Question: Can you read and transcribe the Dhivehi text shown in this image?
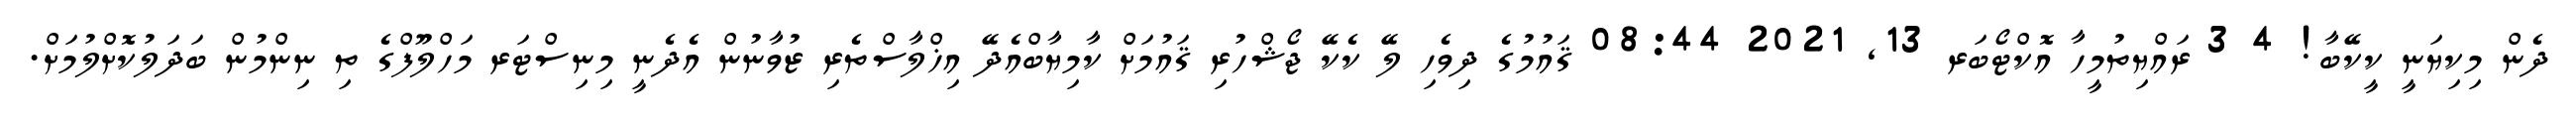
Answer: ދެން މިކިޔަނީ ކީކޭބާ! 4 3 ރައްޔިތުމީހާ އޮކްޓޯބަރ 13, 2021 08:44 ޤައުމުގެ ދިވެހި ލޭ ކެކޭ ޖޯޝްހުރި ޤައުމަށް ކާމިޔާބްއެދޭ އިޚްލާސްތެރި ޒުވާނުން އެދެނީ މިނިސްޓަރ މަހްލޫފްގެ ތި ނިންމުން ބަދަލުކޮށްލުމަށް.